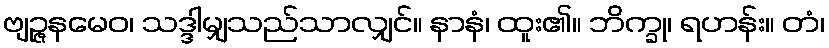
ဗျဉ္ဇနမေဝ၊ သဒ္ဒါမျှသည်သာလျှင်။ နာနံ၊ ထူး၏။ ဘိက္ခု၊ ရဟန်း။ တံ၊